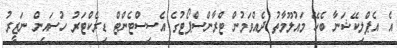
އެ އެޕްލިކޭޭޝަނާ ބެހޭ މައުލޫމާތު ދެއްވަމުން ޓްރާންސްޕޯޓުގެ އެސިސްޓެންޓް ޑިރެކްޓަރު ހުސައިން ނަޒީރު